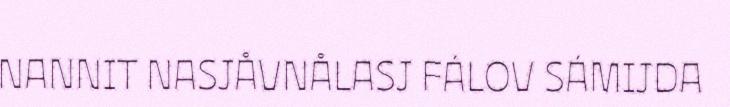
NANNIT NASJÅVNÅLASJ FÁLOV SÁMIJDA